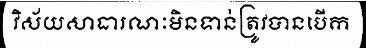
វិស័យសាធារណៈមិនទាន់ត្រូវបានបើក